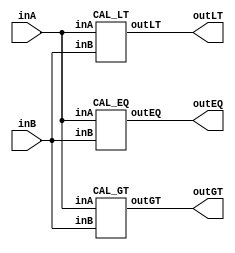
/* CSED273 lab2 experiment 1 */
/* lab2_1.v */

/* Unsimplifed equation
 * You are allowed to use keword "assign" and operator "&","|","~",
 * or just implement with gate-level-modeling (and, or, not) */
module lab2_1(
    output wire outGT, outEQ, outLT,
    input wire [1:0] inA,
    input wire [1:0] inB
    );

    CAL_GT cal_gt(outGT, inA, inB);
    CAL_EQ cal_eq(outEQ, inA, inB);
    CAL_LT cal_lt(outLT, inA, inB);
    
endmodule

/* Implement output about "A>B" */
module CAL_GT(
    output wire outGT,
    input wire [1:0] inA,
    input wire [1:0] inB
    );

    wire x1, x2, x3, x4, x5, x6;
    assign x1 = ~inA[1] & inA[0] & ~inB[1] & ~inB[0];
    assign x2 = inA[1] & inA[0] & ~inB[1] & ~inB[0];
    assign x3 = inA[1] & ~inA[0] & ~inB[1] & ~inB[0];
    assign x4 = inA[1] & inA[0] & ~inB[1] & inB[0];
    assign x5 = inA[1] & ~inA[0] & ~inB[1] & inB[0];
    assign x6 = inA[1] & inA[0] & inB[1] & ~inB[0];
    assign outGT = x1 | x2 | x3 | x4 | x5 | x6;

endmodule

/* Implement output about "A=B" */
module CAL_EQ(
    output wire outEQ,
    input wire [1:0] inA, 
    input wire [1:0] inB
    );

    wire x1, x2, x3, x4;
    assign x1 = ~inA[1] & ~inA[0] & ~inB[1] & ~inB[0];
    assign x2 = ~inA[1] & inA[0] & ~inB[1] & inB[0];
    assign x3 = inA[1] & inA[0] & inB[1] & inB[0];
    assign x4 = inA[1] & ~inA[0] & inB[1] & ~inB[0];
    assign outEQ = x1 | x2 | x3 | x4;

endmodule

/* Implement output about "A<B" */
module CAL_LT(
    output wire outLT,
    input wire [1:0] inA, 
    input wire [1:0] inB
    );

    wire x1, x2, x3, x4, x5, x6;
    assign x1 = ~inA[1] & ~inA[0] & ~inB[1] & inB[0];
    assign x2 = ~inA[1] & ~inA[0] & inB[1] & inB[0];
    assign x3 = ~inA[1] & inA[0] & inB[1] & inB[0];
    assign x4 = inA[1] & ~inA[0] & inB[1] & inB[0];
    assign x5 = ~inA[1] & ~inA[0] & inB[1] & ~inB[0];
    assign x6 = ~inA[1] & inA[0] & inB[1] & ~inB[0];
    assign outLT = x1 | x2 | x3 | x4 | x5 | x6;

endmodule